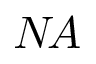
N \! A